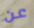
عن